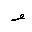
Letter: _waw